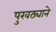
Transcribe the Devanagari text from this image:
पुरवठ्याने